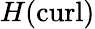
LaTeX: H(\mathrm{curl})